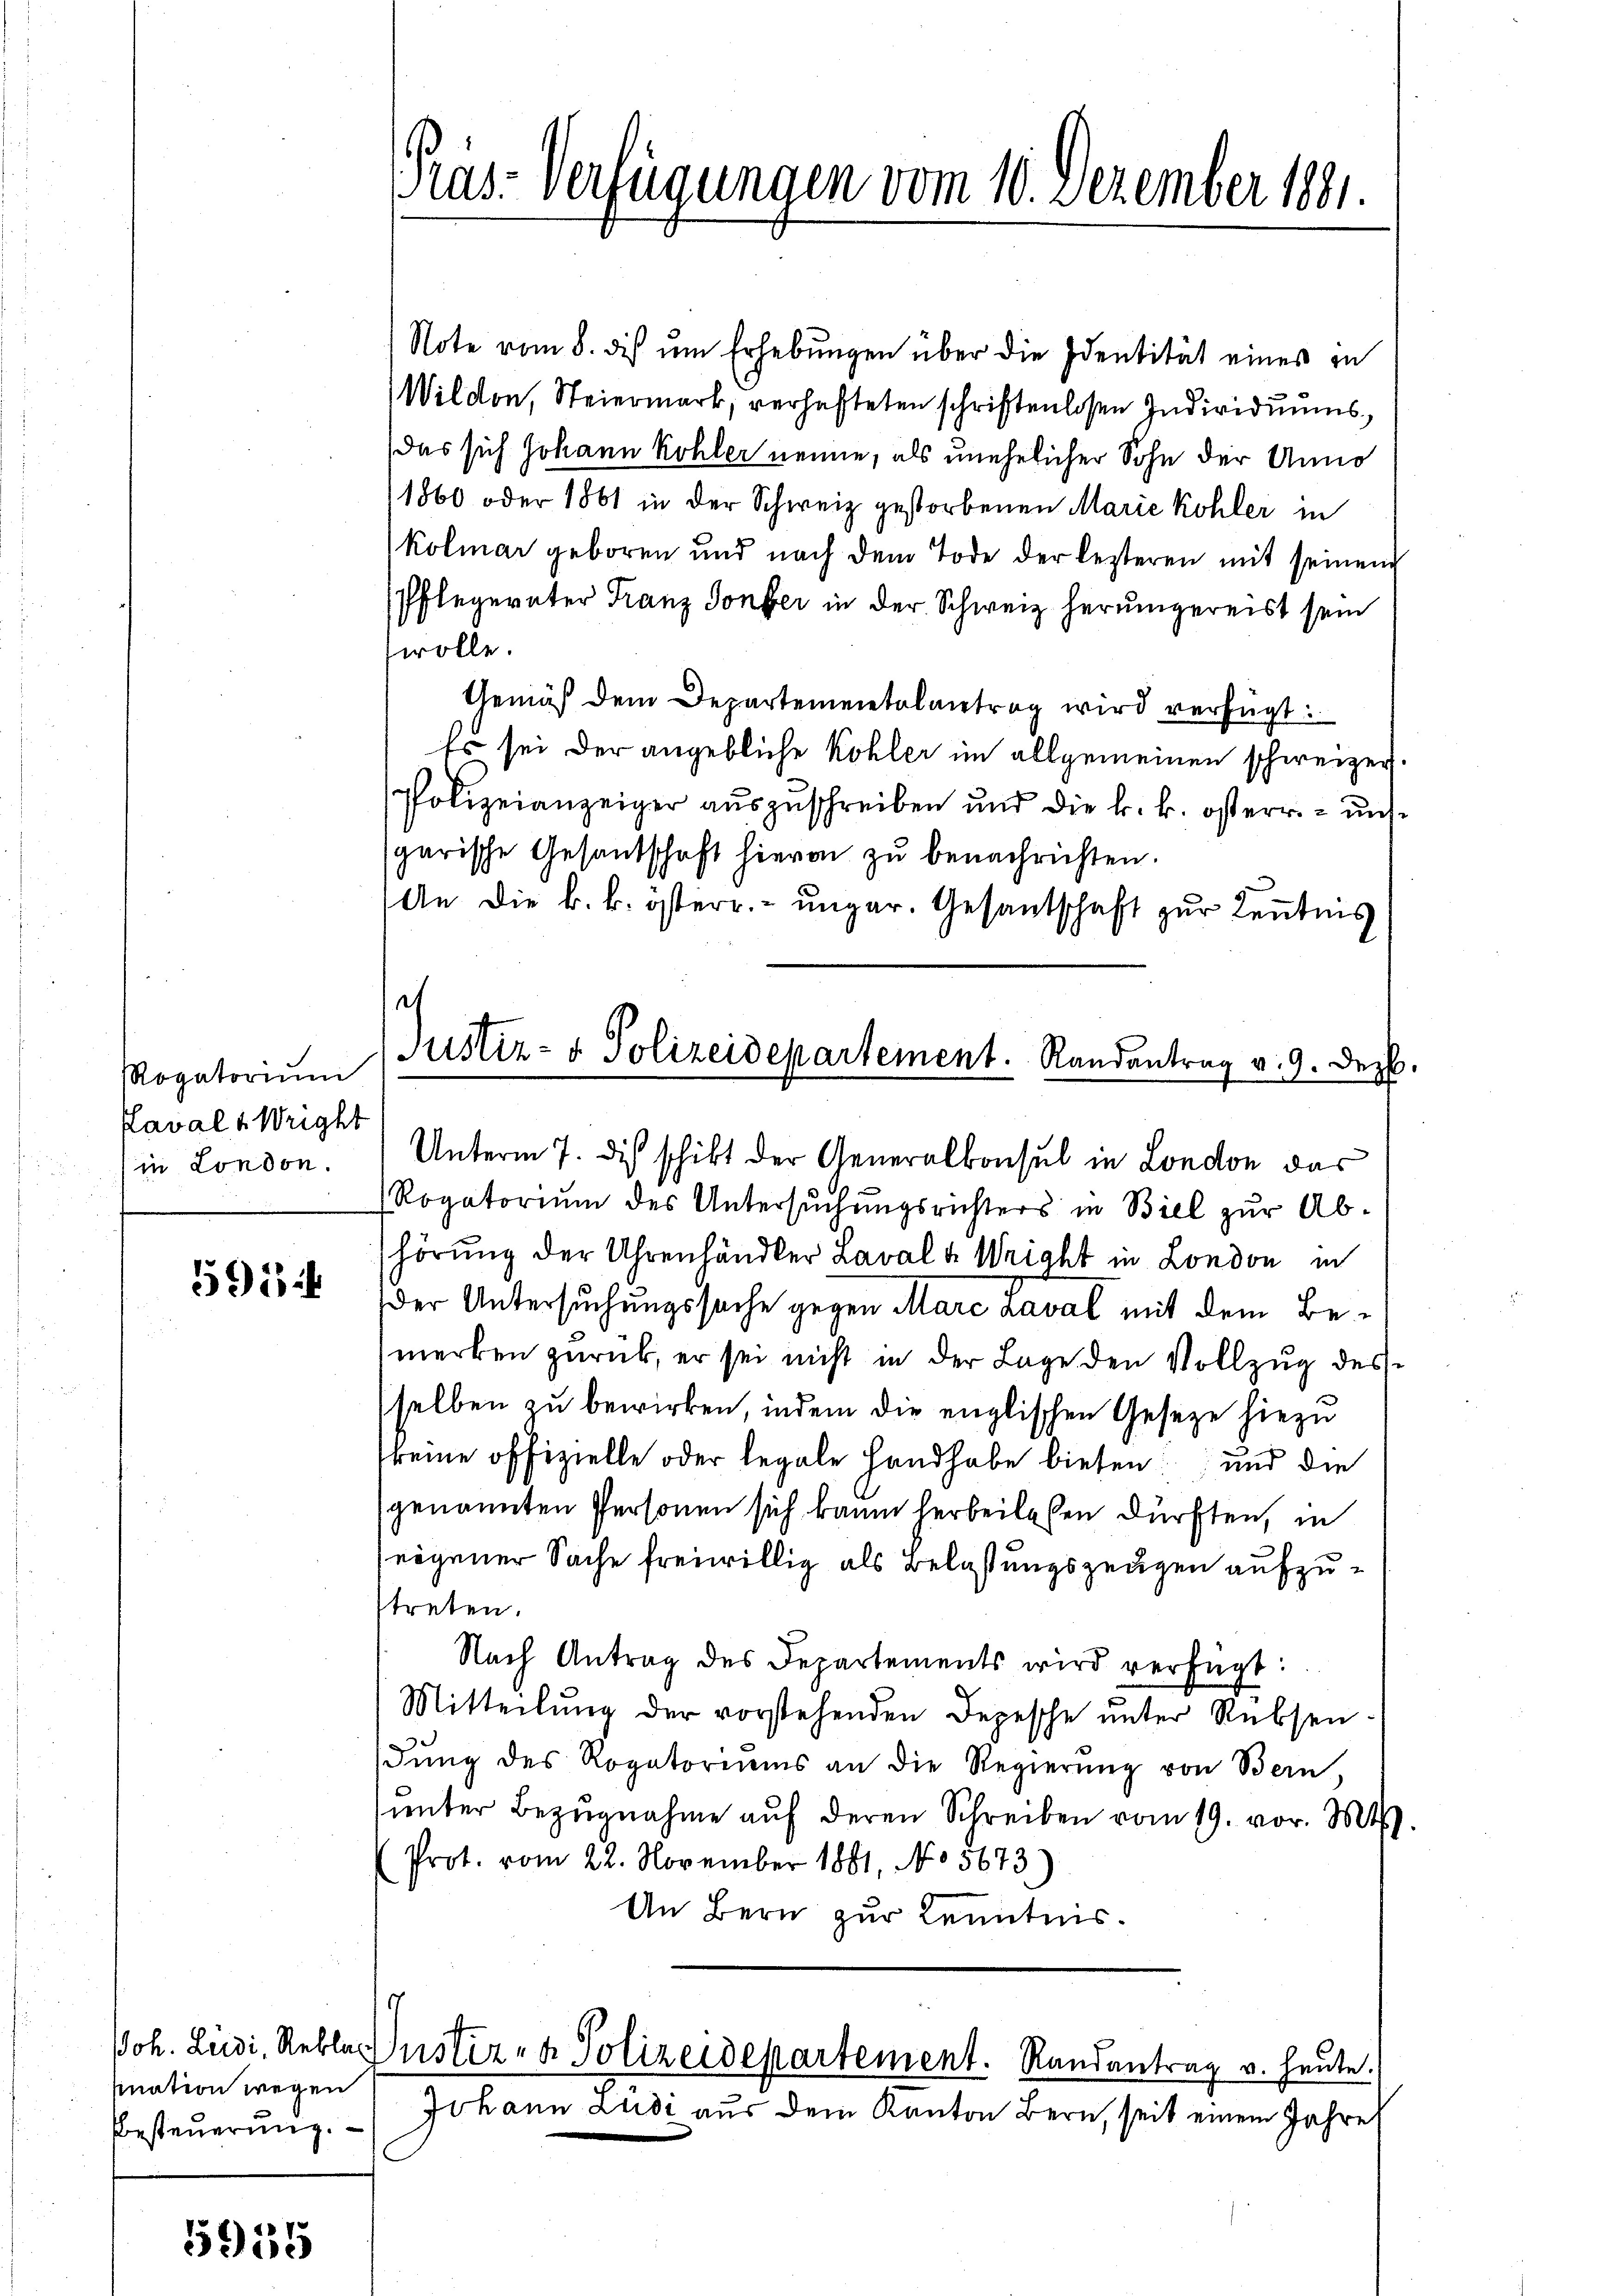
Rogatorium
Kaval u. Weight
in London.

591

mnation wegen
Besteuerung.

5955

Note vom 8. dis ŭm Erhebungen über die Identität eines in
Wilden, Steiermark, verhafteten schriftenlosen Individuumsdas sich Johann Kohler nenne, als unehelicher Sohn der Anno
1860 oder 1861 in der Schweiz gestorbenen Marie Kohler in
Kolmar geboren und nach dem Tode der lezteren mit seinen
Pflegerater Franz Sonfer in der Schweiz herumgereist sein
wolle.
Gemäß dem Departementalantrag wird verfügt:
Es sei der angebliche Kohler im allgemeinen schweizer.
Polizeianzeiger auszuschreiben und die k. k. österr. uns
sgarische Gesandschaft hievon zŭ benachrichten.
An die k. k. österr. ungar. Gesantschaft zur Kenntnis
h
Justiz- & Polizeidepartement. Randantrag v. 9. Dezb.

Pas-Verfügungen vom 10. Dezember 1881.

Unterm 7. dis schikt der Generalkonsul in London das
Rogatorium des Untersŭchŭngsrichters in Biel zŭr Ab-
hörung der Uhrenhändler Laval & Weight in London in
der Untersuchungssache gegen Mare Laval mit dem Bemerken zurück, er sei nicht in der Lage den Vollzug des
selben zu bewirken, indem die englischen Gesetze hiezu
keine offizielle oder legale Handhabe bieten und die
genannten Personen sich kaum herbeilassen dürften, in
eigener Sache freiwillig als Belastungszeugen aufzutreten.
Nach Antrag des Departements wird verfügt:
Mitteilung der vorstehenden Depesche unter Rebsen
dŭng des Rogatoriŭms an die Regierŭng von Bern
ŭnter Bezŭgnahme aŭf deren Schreiben vom 19. vor. Mts.
Prot. vom 22. November 1881, No 5673
An Bern zur Kenntnis.
Joh. Ludi, Rebler Justiz- & Polizeidepartement. Randantrag v. heute.
Johann Ludi aus dem Kanton Bern, seit einem Jahre